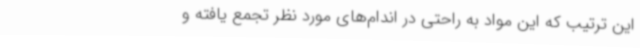
این ترتیب که این مواد به راحتی در اندام‌های مورد نظر تجمع یافته و